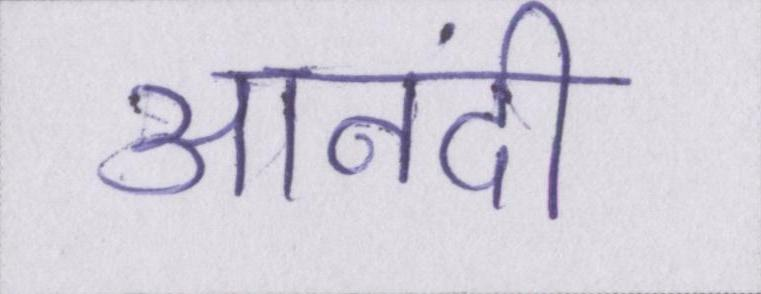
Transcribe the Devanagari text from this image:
आनंदी